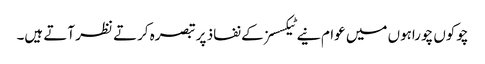
چوکوں چوراہوں میں عوام نیے ٹیکسسز کے نفاذ پر تبصرہ کرتے نظر آتے ہیں۔